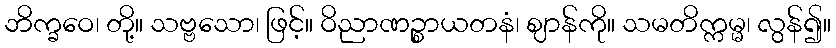
ဘိက္ခဝေ၊ တို့။ သဗ္ဗသော၊ ဖြင့်။ ဝိညာဏဉ္စာယတနံ၊ ဈာန်ကို။ သမတိက္ကမ္မ၊ လွန်၍။